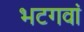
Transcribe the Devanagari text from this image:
भटगवां